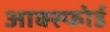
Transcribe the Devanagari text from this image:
आक्स्फोर्ड